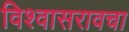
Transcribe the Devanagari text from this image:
विश्वासरावचा